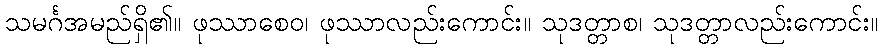
သမင်္ဂအမည်ရှိ၏။ ဖုဿာစေဝ၊ ဖုဿာလည်းကောင်း။ သုဒတ္တာစ၊ သုဒတ္တာလည်းကောင်း။